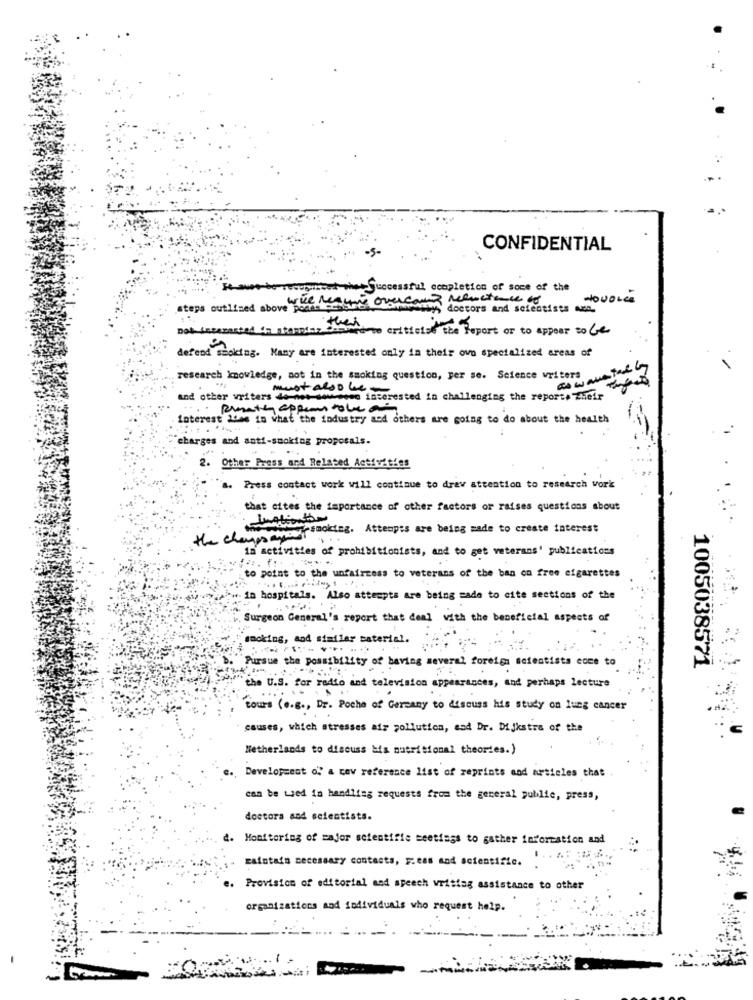
-5-
CONFIDENTIAL
cupmscut what Successful ccapletion of some of the
wie resume overcard Menctance of
HOUOLCE
steps outlined above podes
W doctors and scientists aus
a to criticize the Report or to appear to be
d Smoking. Many are interested only in their own specialized areas of
as wane tak!
research knowledge, not in the smoking question, per se. Science writers
must also be-
and other writers de-net soweeen interested in challenging the reporte Their
Ruathe appear tobe a
interest Idee in what the industry and others are going to do about the health
charges and anti-smoking proposals.
2. Other Press and Related Activities
's. Press contact work will continue to draw attention to research vork
that cites the importance of other factors or raises questions about
the champs anof smoking. Attempts are being made to create interest
in activities of prohibitionists, and to get veterans' publications
==-
to point to the unfaircess to veterans of the ban on free cigarettes
>w. in hospitals. Also attempts are being made to cite sections of the
Surgeon General's report that deal with the beneficial aspects of
smoking, and similar material.
Pursue the possibility of having several foreign scientists coco to
1005038571
the U.S . for radio and television appearances , and perhaps lecture
.. .
Cours (e.g ., Dr. Poche of Germany to discuss his study on lung cancer
causes, which stresses air pollution, and Dr. Dijkstra of the
Netherlands to discuss Mia nutritional theories.)
Development of a cav reference list of reprints and articles that .
can be Lied in handling requests from the general public, press,
doctora and scientists.
d. Monitoring of major scientific meetings to gather information and
raintato necessary contacts, F.eas and scientific.
e. Provision of editorial and speech writing assistance to other
organizations and individuals who request help.